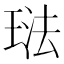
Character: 琺